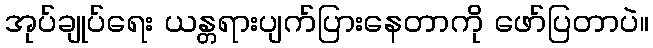
အုပ်ချုပ်ရေး ယန္တရားပျက်ပြားနေတာကို ဖော်ပြတာပဲ။